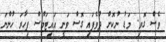
ވެސް ގޮވި. މަޑު ނުކޮށް ދުވެފައި ގޮސް ވަނީ އައިޓަމްސް ފިހާރަ ހުންނަ